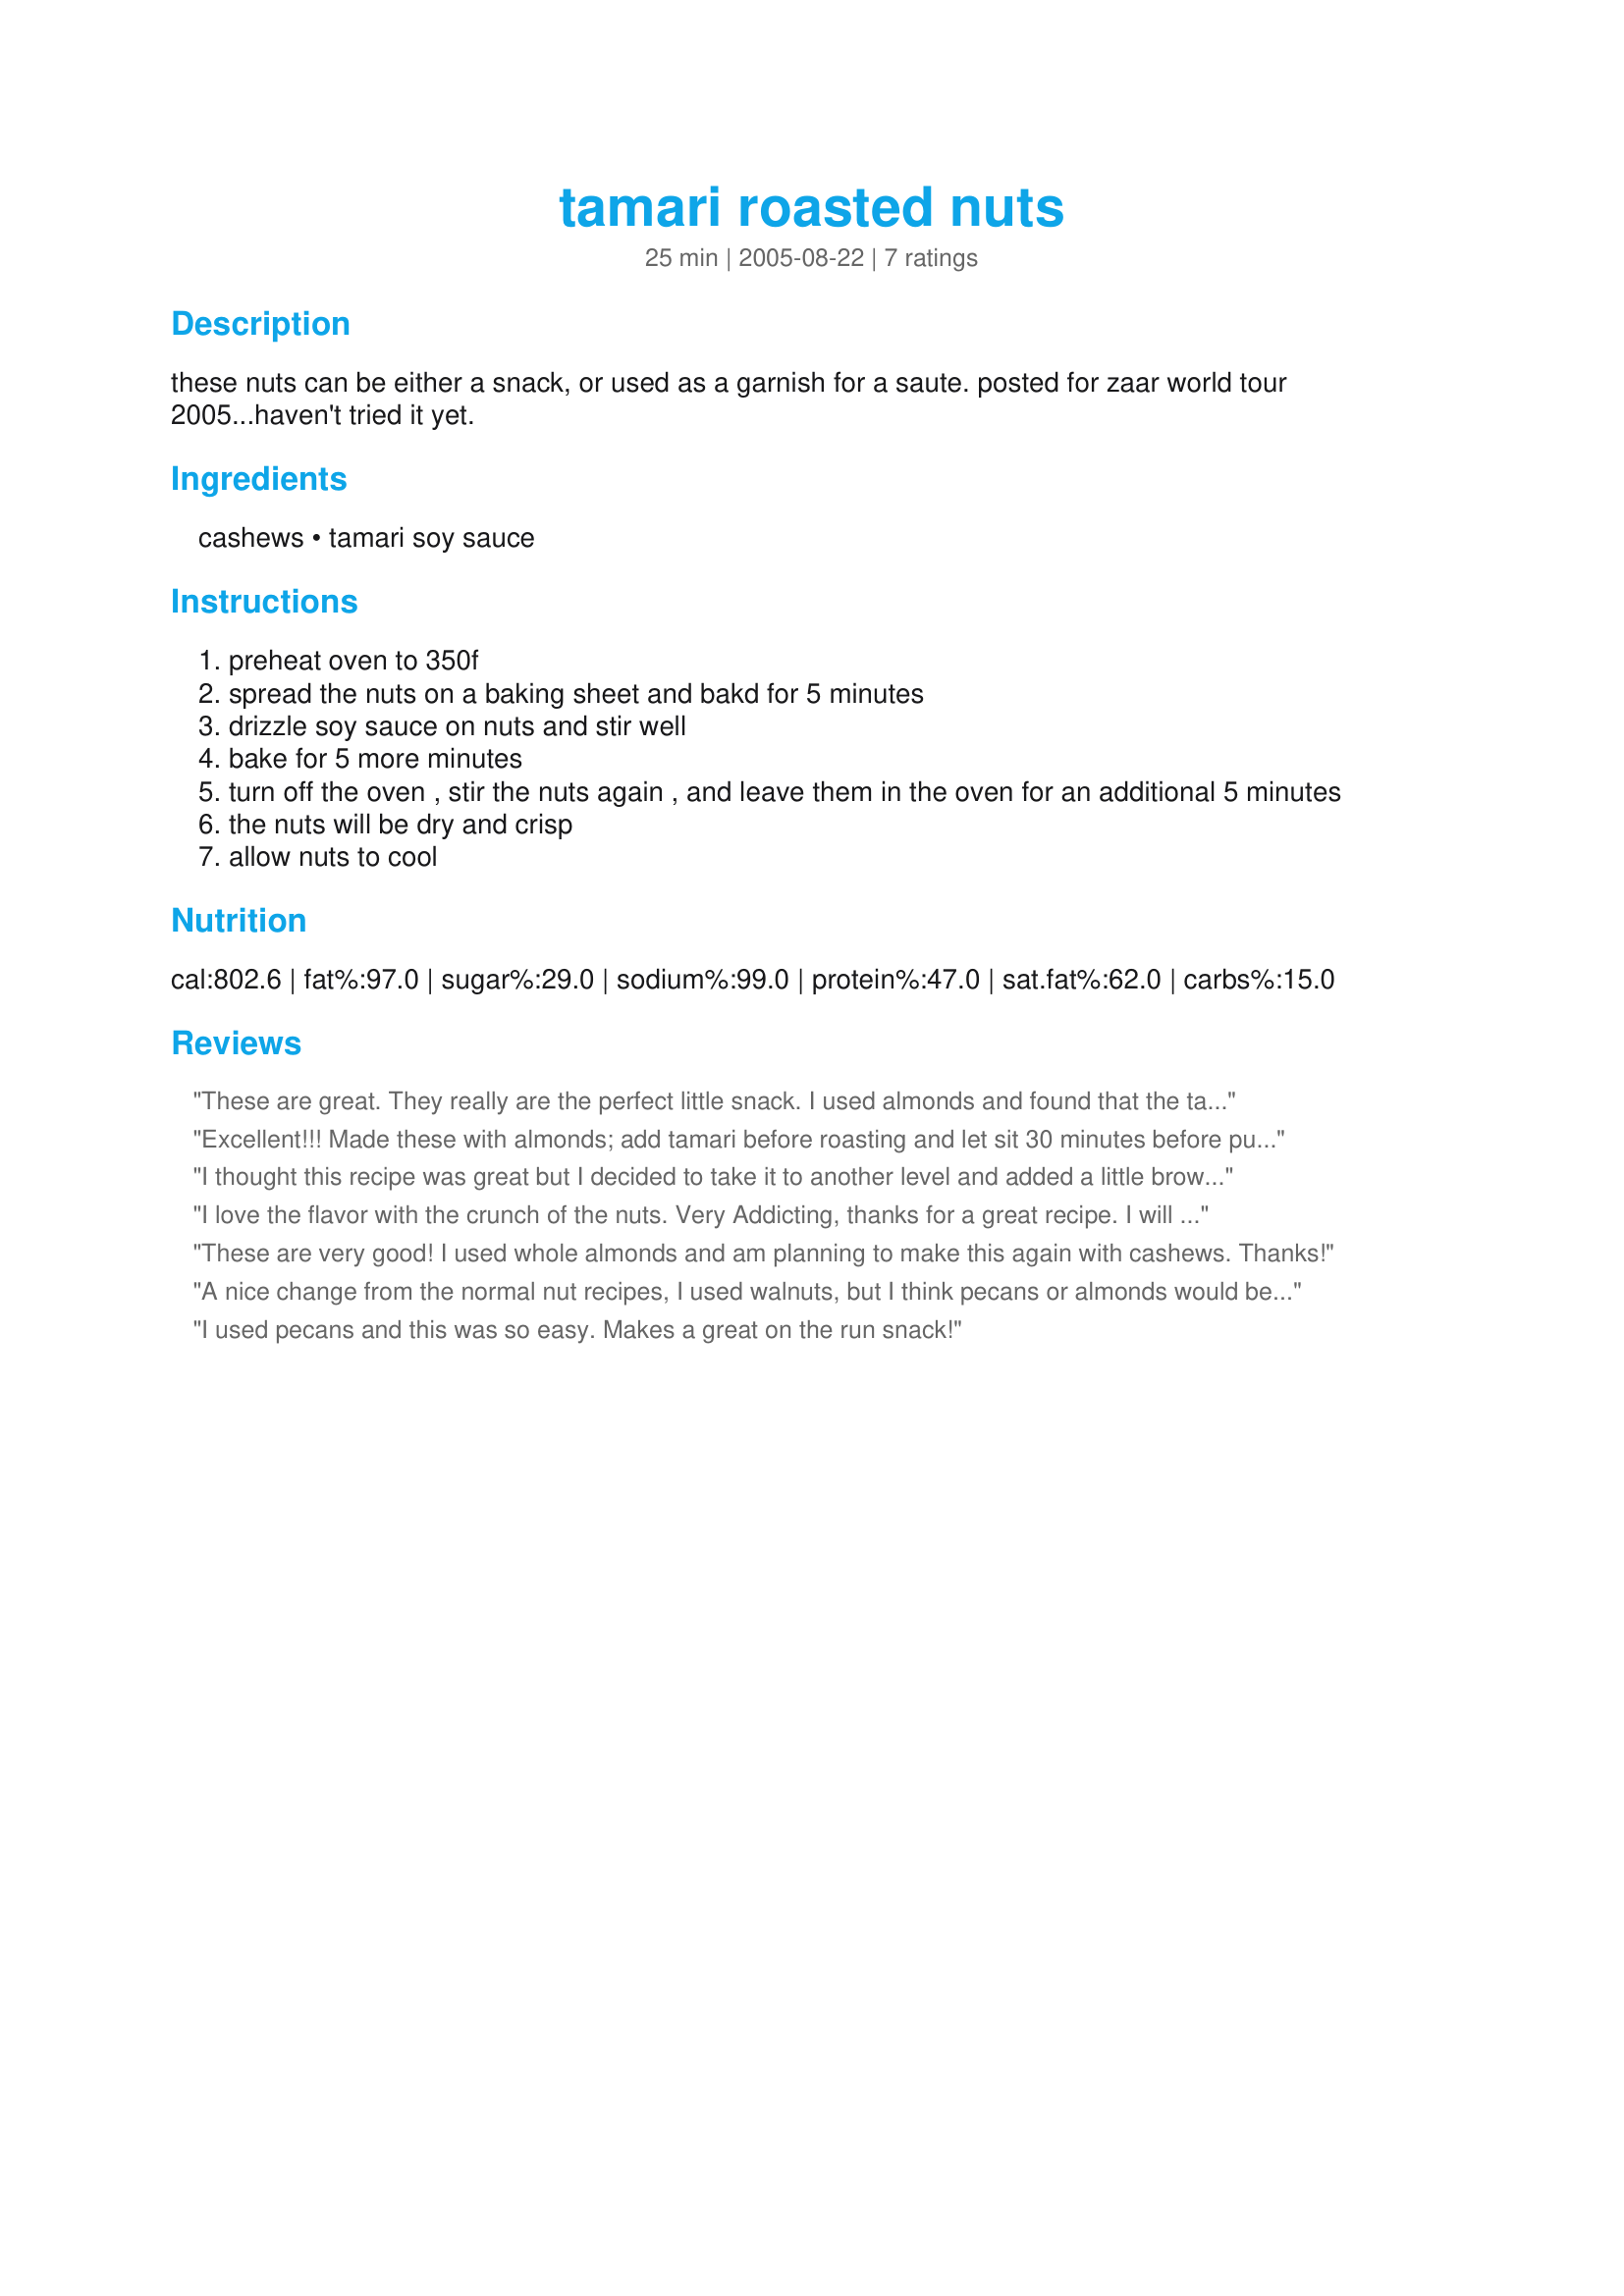
tamari roasted nuts
Preparation time: 25 minutes

these nuts can be either a snack, or used as a garnish for a saute. posted for zaar world tour 2005...haven't tried it yet.

Ingredients:
cashews, tamari soy sauce

Steps:
preheat oven to 350f
spread the nuts on a baking sheet and bakd for 5 minutes
drizzle soy sauce on nuts and stir well
bake for 5 more minutes
turn off the oven , stir the nuts again , and leave them in the oven for an additional 5 minutes
the nuts will be dry and crisp
allow nuts to cool

Reviews:
These are great. They really are the perfect little snack. I used almonds and found that the tamari flavour was nice and subtle.
Excellent!!!
Made these with almonds; add tamari before roasting and let sit 30 minutes before puting in oven.
I thought this recipe was great but I decided to take it to another level and added a little brown sugar and a few sprinkles of garlic. My friends raved over how good they were and begged for the recipe. I also roasted them in my stir crazy popcorn popper and they come out perfectly roasted. If you decide to do it this way, keep a close eye on them so that they don't burn.
I love the flavor with the crunch of the nuts. Very Addicting, thanks for a great recipe. I will make this again.
These are very good! I used whole almonds and am planning to make this again with cashews. Thanks!
A nice change from the normal nut recipes, I used walnuts, but I think pecans or almonds would be better, I like the idea of soaking nuts before cooking, I will try that next time. Thanks for the recipe.
I used pecans and this was so easy. Makes a great on the run snack!
